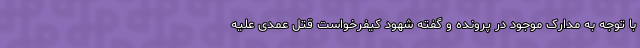
با توجه به مدارک موجود در پرونده و گفته شهود کیفرخواست قتل عمدی علیه